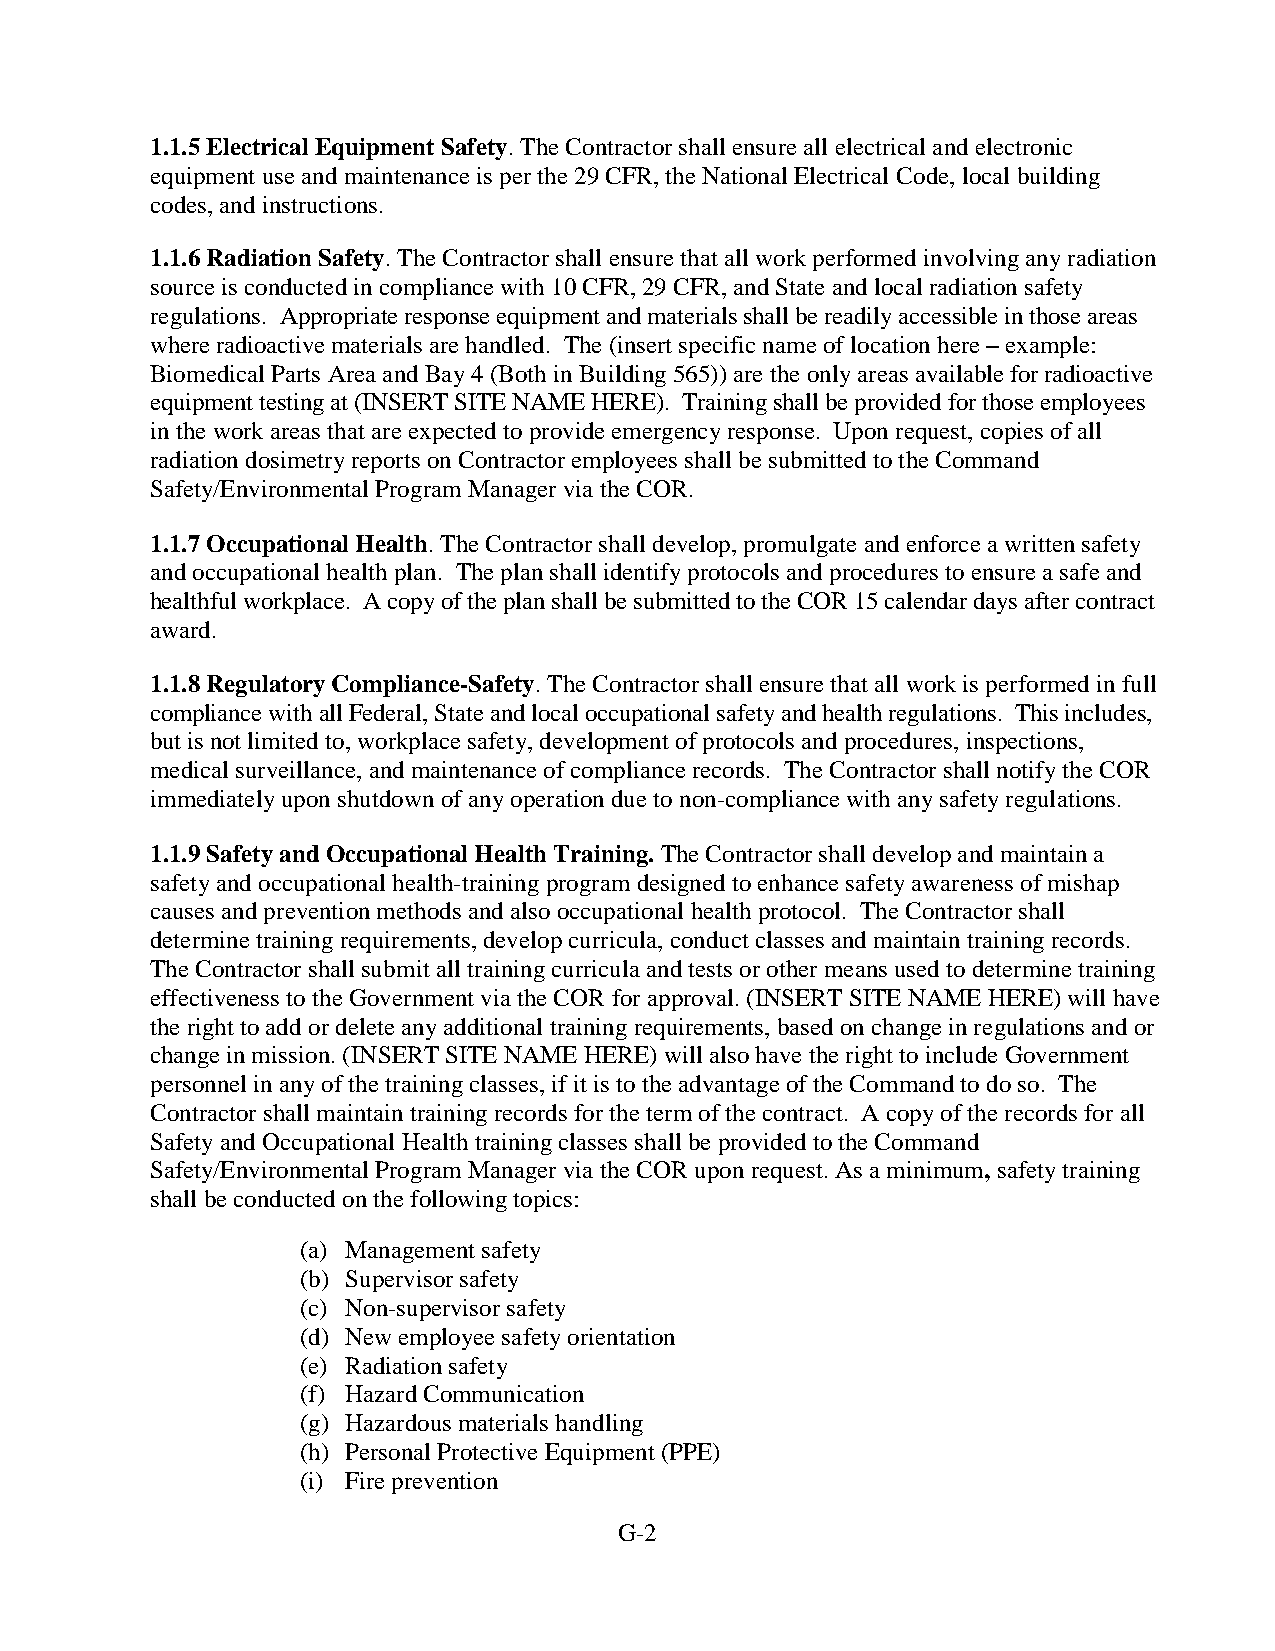
1.1.5 Electrical Equipment Safety. The Contractor shall ensure all electrical and electronic
 equipment use and maintenance is per the 29 CFR, the National Electrical Code, local building
 codes, and instructions.
 1.1.6 Radiation Safety. The Contractor shall ensure that all work performed involving any radiation
 source is conducted in compliance with 10 CFR, 29 CFR, and State and local radiation safety
 regulations. Appropriate response equipment and materials shall be readily accessible in those areas
 where radioactive materials are handled. The (insert specific name of location here – example:
 Biomedical Parts Area and Bay 4 (Both in Building 565)) are the only areas available for radioactive
 equipment testing at (INSERT SITE NAME HERE). Training shall be provided for those employees
 in the work areas that are expected to provide emergency response. Upon request, copies of all
 radiation dosimetry reports on Contractor employees shall be submitted to the Command
 Safety/Environmental Program Manager via the COR.
 1.1.7 Occupational Health. The Contractor shall develop, promulgate and enforce a written safety
 and occupational health plan. The plan shall identify protocols and procedures to ensure a safe and
 healthful workplace. A copy of the plan shall be submitted to the COR 15 calendar days after contract
 award.
 1.1.8 Regulatory Compliance-Safety. The Contractor shall ensure that all work is performed in full
 compliance with all Federal, State and local occupational safety and health regulations. This includes,
 but is not limited to, workplace safety, development of protocols and procedures, inspections,
 medical surveillance, and maintenance of compliance records. The Contractor shall notify the COR
 immediately upon shutdown of any operation due to non-compliance with any safety regulations.
 1.1.9 Safety and Occupational Health Training. The Contractor shall develop and maintain a
 safety and occupational health-training program designed to enhance safety awareness of mishap
 causes and prevention methods and also occupational health protocol. The Contractor shall
 determine training requirements, develop curricula, conduct classes and maintain training records.
 The Contractor shall submit all training curricula and tests or other means used to determine training
 effectiveness to the Government via the COR for approval. (INSERT SITE NAME HERE) will have
 the right to add or delete any additional training requirements, based on change in regulations and or
 change in mission. (INSERT SITE NAME HERE) will also have the right to include Government
 personnel in any of the training classes, if it is to the advantage of the Command to do so. The
 Contractor shall maintain training records for the term of the contract. A copy of the records for all
 Safety and Occupational Health training classes shall be provided to the Command
 Safety/Environmental Program Manager via the COR upon request. As a minimum, safety training
 shall be conducted on the following topics:
 (a) Management safety
 (b) Supervisor safety
 (c) Non-supervisor safety
 (d) New employee safety orientation
 (e) Radiation safety
 (f) Hazard Communication
 (g) Hazardous materials handling
 (h) Personal Protective Equipment (PPE)
 (i) Fire prevention
 G-2